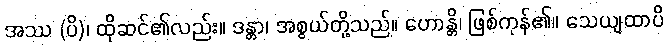
အဿ (ပိ)၊ ထိုဆင်၏လည်း။ ဒန္တာ၊ အစွယ်တို့သည်။ ဟောန္တိ၊ ဖြစ်ကုန်၏။ သေယျထာပိ